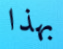
بهذا